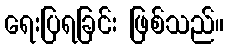
ရေးပြရခြင်း ဖြစ်သည်။